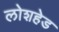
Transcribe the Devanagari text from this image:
लोशहेड